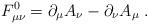
LaTeX: \begin{align*}F_{\mu \nu }^0=\partial _\mu A_\nu -\partial _\nu A_\mu \;. \end{align*}